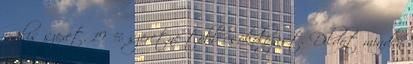
orális szexet, 19 % szeretne több csókolózást. Dildót minden